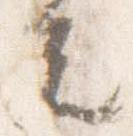
夫